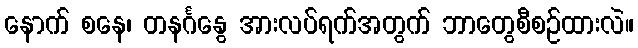
နောက် စနေ၊ တနင်္ဂနွေ အားလပ်ရက်အတွက် ဘာတွေစီစဉ်ထားလဲ။